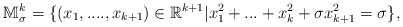
\begin{align*} \mathbb{M}_{\sigma}^{k}=\{(x_{1},....,x_{k+1})\in\mathbb{R}^{k+1}|x_{1}^{2}+...+x_{k}^{2}+\sigma x_{k+1}^{2}=\sigma\}, \end{align*}